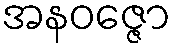
အနဝဇ္ဇော